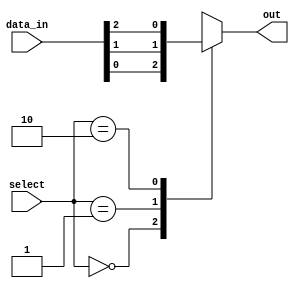
module multiplexer_512to1(
    input [511:0] data_in,
    input [8:0] select,
    output reg out
);

always @(*)
begin
    case (select)
        9'b000000000: out = data_in[0];
        9'b000000001: out = data_in[1];
        9'b000000010: out = data_in[2];
        // continue for all 512 inputs...
        default: out = 1'bx; // Default output when no select lines match
    endcase
end

endmodule